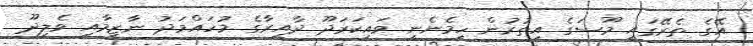
އޭގެ ތެރޭގައި މޫސަގެ އިތުރުން ހިމެނެނީ ވައިކަރަދޫ ދާއިރާގެ މުހައްމަދު ނާޒިމާއި ވެލިދޫ